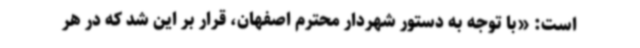
است: «با توجه به دستور شهردار محترم اصفهان، قرار بر این شد که در هر